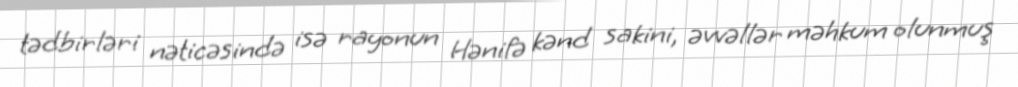
tədbirləri nəticəsində isə rayonun Hənifə kənd sakini, əvvəllər məhkum olunmuş